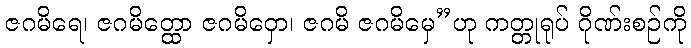
ဇဂမိရေ၊ ဇဂမိတ္ထော ဇဂမိဝှော၊ ဇဂမိ ဇဂမိမှေ”ဟု ကတ္တုရုပ် ဂိုဏ်းစဉ်ကို